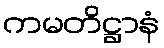
ကမတိဋ္ဌာနံ